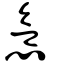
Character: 慾